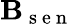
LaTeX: \mathbf{B}_{\mathrm{~s~e~n~}}